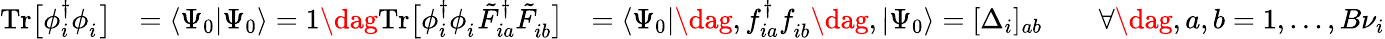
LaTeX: \begin{array}{rlr}{\mathrm{Tr}\big[\phi_{i}^{\dagger}\phi_{i}^{\phantom{\dagger}}\big]}&{=\langle\Psi_{0}|\Psi_{0}\rangle=1\dag\mathrm{Tr}\big[\phi_{i}^{\dagger}\phi_{i}^{\phantom{\dagger}}\tilde{F}_{ia}^{\dagger}\tilde{F}_{ib}^{\phantom{\dagger}}\big]}&{=\langle\Psi_{0}|\dag,f_{ia}^{\dagger}f_{ib}^{\phantom{\dagger}}\dag,|\Psi_{0}\rangle=[\Delta_{i}]_{ab}\qquad\forall\dag,a,b=1,...,B{\nu}_{i}}\end{array}